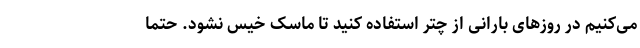
می‌کنیم در روز‌های بارانی از چتر استفاده کنید تا ماسک خیس نشود. حتما